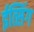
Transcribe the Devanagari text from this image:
ईत्सिंग